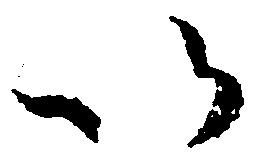
以